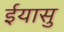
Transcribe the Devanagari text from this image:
ईयासु